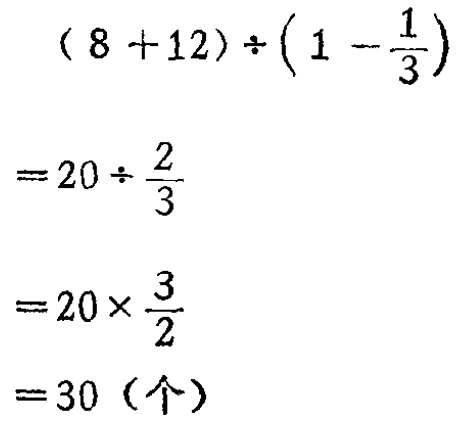
\[

\begin{align*}

&(8 + 12)\div(1-\frac{1}{3})\\

=&20\div\frac{2}{3}\\

=&20\times\frac{3}{2}\\

=&30 (\text{个})

\end{align*}

\]